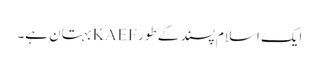
ایک اسلام پسند کے طور KAEFبہتان ہے۔